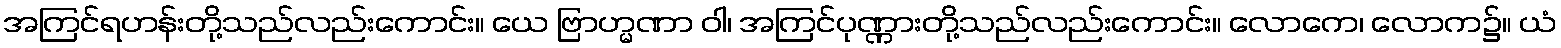
အကြင်ရဟန်းတို့သည်လည်းကောင်း။ ယေ ဗြာဟ္မဏာ ဝါ၊ အကြင်ပုဏ္ဏားတို့သည်လည်းကောင်း။ လောကေ၊ လောက၌။ ယံ